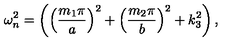
\omega _ { n } ^ { 2 } = \left( \left( \frac { m _ { 1 } \pi } { a } \right) ^ { 2 } + \left( \frac { m _ { 2 } \pi } { b } \right) ^ { 2 } + k _ { 3 } ^ { 2 } \right) ,